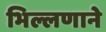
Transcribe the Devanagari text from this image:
भिल्लणाने